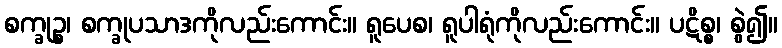
စက္ခုဉ္စ၊ စက္ခုပသာဒကိုလည်းကောင်း။ ရူပေစ၊ ရူပါရုံကိုလည်းကောင်း။ ပဋိစ္စ၊ စွဲ၍။